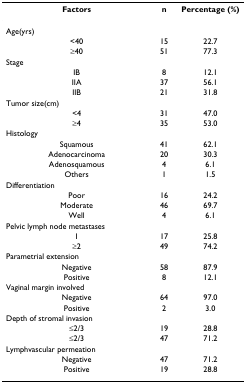
| Factors | n | Percentage (%) |
 | --- | --- | --- |
 | Age(yrs) |  |  |
 | <40 | 15 | 22.7 |
 | ≥40 | 51 | 77.3 |
 | Stage |  |  |
 | IB | 8 | 12.1 |
 | IIA | 37 | 56.1 |
 | IIB | 21 | 31.8 |
 | Tumor size(cm) |  |  |
 | <4 | 31 | 47.0 |
 | ≥4 | 35 | 53.0 |
 | Histology |  |  |
 | Squamous | 41 | 62.1 |
 | Adenocarcinoma | 20 | 30.3 |
 | Adenosquamous | 4 | 6.1 |
 | Others | 1 | 1.5 |
 | Differentiation |  |  |
 | Poor | 16 | 24.2 |
 | Moderate | 46 | 69.7 |
 | Well | 4 | 6.1 |
 | Pelvic lymph node metastases |  |  |
 | 1 | 17 | 25.8 |
 | ≥2 | 49 | 74.2 |
 | Parametrial extension |  |  |
 | Negative | 58 | 87.9 |
 | Positive | 8 | 12.1 |
 | Vaginal margin involved |  |  |
 | Negative | 64 | 97.0 |
 | Positive | 2 | 3.0 |
 | Depth of stromal invasion |  |  |
 | ≤2/3 | 19 | 28.8 |
 | ≤2/3 | 47 | 71.2 |
 | Lymphvascular permeation |  |  |
 | Negative | 47 | 71.2 |
 | Positive | 19 | 28.8 |